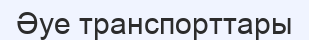
Әуе транспорттары